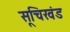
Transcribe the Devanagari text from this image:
सूचिखंड